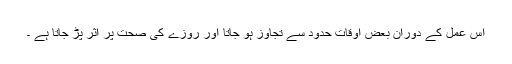
اس عمل کے دوران بعض اوقات حدود سے تجاوز ہو جاتا اور روزے کی صحت پر اثر پڑ جاتا ہے ۔